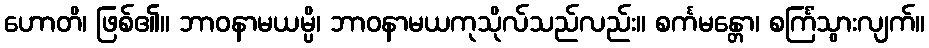
ဟောတိ၊ ဖြစ်၏။ ဘာဝနာမယမ္ပိ၊ ဘာဝနာမယကုသိုလ်သည်လည်း။ စင်္ကမန္တော၊ စင်္ကြံသွားလျက်။